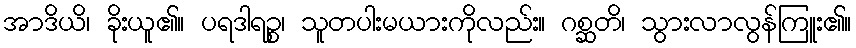
အာဒိယိ၊ ခိုးယူ၏။ ပရဒါရဉ္စ၊ သူတပါးမယားကိုလည်း။ ဂစ္ဆတိ၊ သွားလာလွန်ကြူး၏။